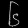
Digit: ၆